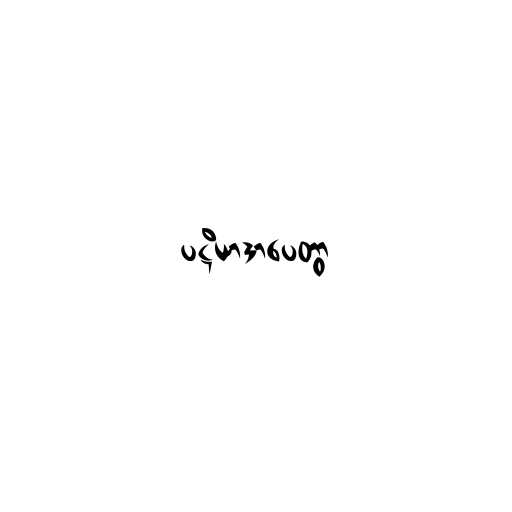
ပဋိယာဒာပေတွာ